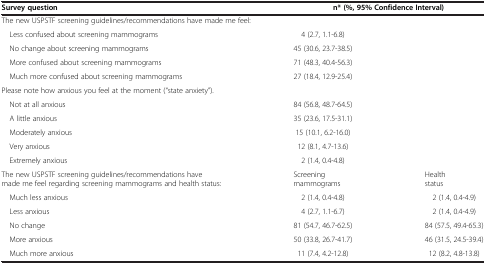
| Survey question | <COLSPAN=2> n* (%, 95% Confidence Interval) |
 | --- | --- | --- |
 | <COLSPAN=3> The new USPSTF screening guidelines/recommendations have made me feel: |
 | Less confused about screening mammograms | 4 (2.7, 1.1-6.8) |  |
 | No change about screening mammograms | 45 (30.6, 23.7-38.5) |  |
 | More confused about screening mammograms | 71 (48.3, 40.4-56.3) |  |
 | Much more confused about screening mammograms | 27 (18.4, 12.9-25.4) |  |
 | <COLSPAN=3> Please note how anxious you feel at the moment (“state anxiety”). |
 | Not at all anxious | 84 (56.8, 48.7-64.5) |  |
 | A little anxious | 35 (23.6, 17.5-31.1) |  |
 | Moderately anxious | 15 (10.1, 6.2-16.0) |  |
 | Very anxious | 12 (8.1, 4.7-13.6) |  |
 | Extremely anxious | 2 (1.4, 0.4-4.8) |  |
 | The new USPSTF screening guidelines/recommendations have made me feel regarding screening mammograms and health status: | Screening mammograms | Health status |
 | Much less anxious | 2 (1.4, 0.4-4.8) | 2 (1.4, 0.4-4.9) |
 | Less anxious | 4 (2.7, 1.1-6.7) | 2 (1.4, 0.4-4.9) |
 | No change | 81 (54.7, 46.7-62.5) | 84 (57.5, 49.4-65.3) |
 | More anxious | 50 (33.8, 26.7-41.7) | 46 (31.5, 24.5-39.4) |
 | Much more anxious | 11 (7.4, 4.2-12.8) | 12 (8.2, 4.8-13.8) |